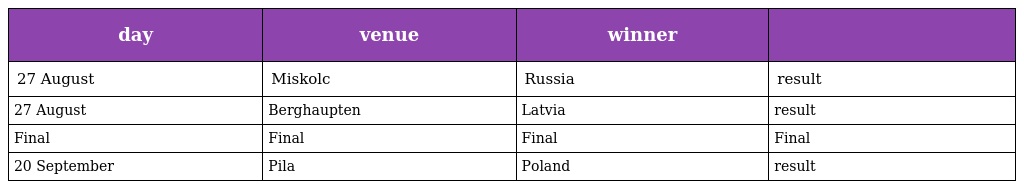
| day | venue | winner |  |
 | --- | --- | --- | --- |
 | 27 August | Miskolc | Russia | result |
 | 27 August | Berghaupten | Latvia | result |
 | Final | Final | Final | Final |
 | 20 September | Pila | Poland | result |